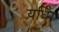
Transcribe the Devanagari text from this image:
यध्पि